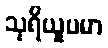
သုရိယူပမာ